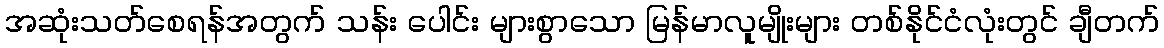
အဆုံးသတ်စေရန်အတွက် သန်း ပေါင်း များစွာသော မြန်မာလူမျိုးများ တစ်နိုင်ငံလုံးတွင် ချီတက်